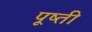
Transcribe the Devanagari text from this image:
पूष्ती